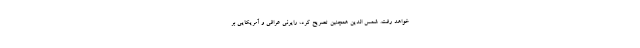
خواهد رفت. شمس الدین همچنین تصریح کرد، رایرنی عراقی و آمریکایی بر